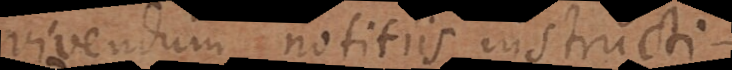
vivendum notitiis instructi